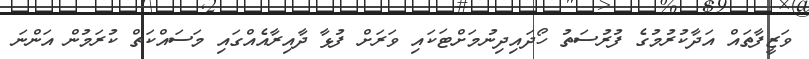
ވަޒީފާތައް އަދާކުރުމުގެ ފުރުސަތު ހޯދައިދިނުމަށްޓަކައި ވަރަށް ފުޅާ ދާއިރާއެއްގައި މަސައްކަތް ކުރަމުން އަންނަ